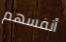
أنفسهم